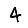
Digit: 4